Calcutta medical institutions reports 1879-81 [i.e.91]
Year: 1879
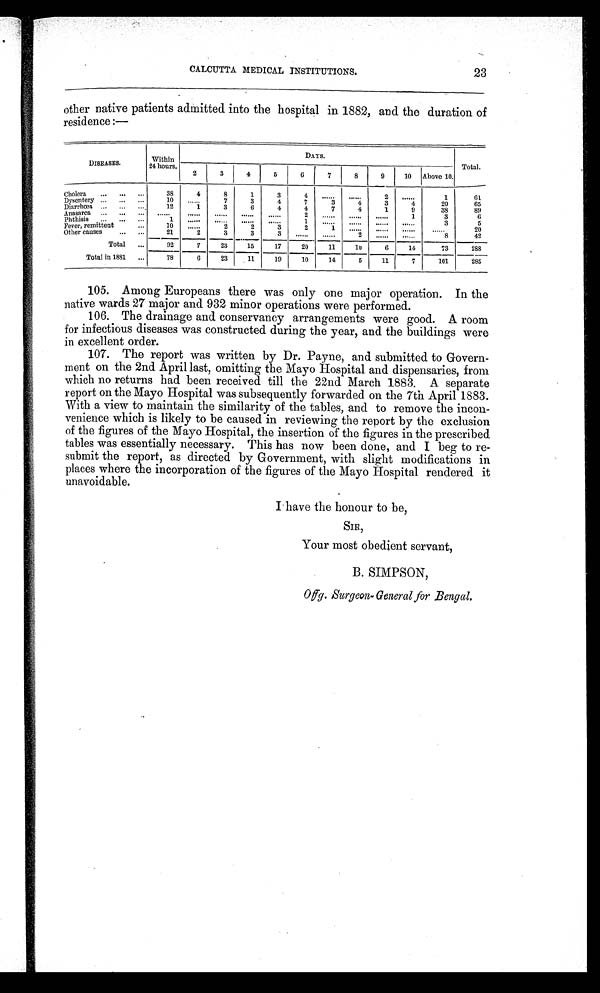
CALCUTTA MEDICAL INSTITUTIONS.
23
other native patients admitted into the hospital in 1882, and the duration of
residence :—
DISEASES.
Within
24 hours.
DAYS.
Tot al .
2
3
4
5
6
7
8
9
10 Above 10.
Cholera
. . .
. . .
. . .
38
4
8
1
3
4
. . . . . .
. . . . . . 2
. . . . . .
1
61
Dysentery ... . . .
. . .
10 ..... .
7
3
4
7
3
4
3
4
20
65
Diarrhœa...
. . .
. . . 12
1
3
6
4
4
7
4
1
9
38
89
Anasarca
. . . . . .
. . . . . .
. . . . . .
. . . . . .
. . . . . . 2
. . . . . .
. . . . . .
. . . . . .
1
3
6
Phtlusis ... ... ...
1 ......
. . . . . .
. . . . . .
. . . . . . 1
. . . . . .
. . . . . .
. . . . . .
. . . . . .
3
5
Fever, remittent
. . .
10 ......
2
2
3
2
1
. . . . . .
. . . . . .
. . . . . .
. . . . . .
20
Other causes
... ...
21
2
3
3
3
. . . . .
. . . . . .
2
. . . . . . . . . . . .
8
42
Total ...
92
7
23
15 17
20
11
10
6
14
73
288
Total in 1881 ...
78
6
23
11
19
10
14
5
11
7
101
285
105. Among Europeans there was only one major operation. In the
native wards 27 major and 932 minor operations were performed.
106. The drainage and conservancy arrangements were good. A room
for infectious diseases was constructed during the year, and the buildings were
in excellent order.
107. The report was written by Dr. Payne, and submitted to Govern-
ment on the 2nd April last, omitting the Mayo Hospital and dispensaries, from
which no returns had been received till the 22nd March 1883, A separate
report on the Mayo Hospital was subsequently forwarded on the 7th April 1883.
With a view to maintain the similarity of the tables, and to remove the incon-
venience which is likely to be caused in reviewing the report by the exclusion
of the figures of the Mayo Hospital, the insertion of the figures in the prescribed.
tables was essentially necessary. This has now been done, and I beg to re-
submit the report, as directed by Government, with slight modifications in
places where the incorporation of the figures of the Mayo Hospital rendered it
unavoidable.
I have the honour to be,
SIR.,
Your most obedient servant,
B. SIMPSON,
Offg. Surgeon-General for Bengal.